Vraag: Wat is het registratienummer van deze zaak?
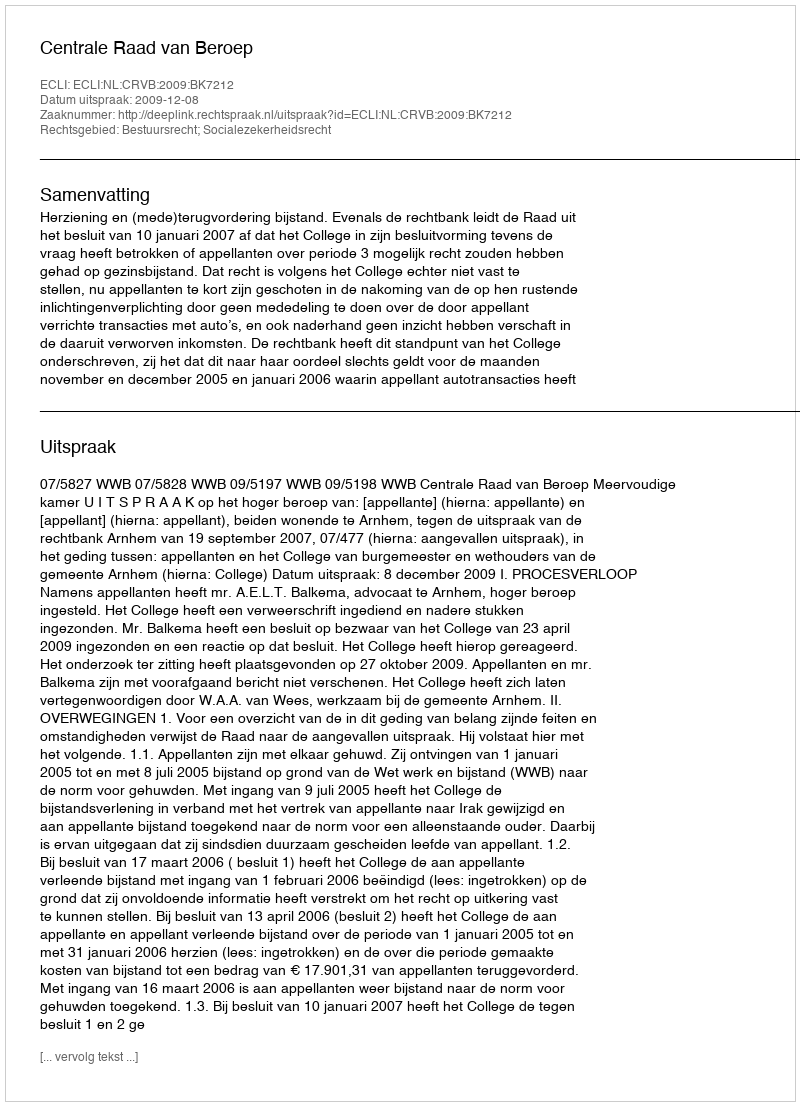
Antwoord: http://deeplink.rechtspraak.nl/uitspraak?id=ECLI:NL:CRVB:2009:BK7212